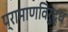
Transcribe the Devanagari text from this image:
प्रामाणविरुद्ध